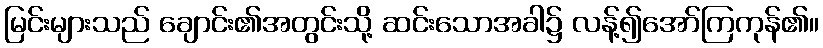
မြင်းများသည် ချောင်း၏အတွင်းသို့ ဆင်းသောအခါ၌ လန့်၍အော်ကြကုန်၏။